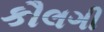
કૌલગી